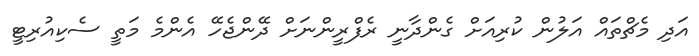
އަދި މެޗްތައް އަލުން ކުރިއަށް ގެންދާނީ ރެފްރީންނަށް ދޭންޖެހޭ އެންމެ މަތީ ސެކިއުރިޓީ